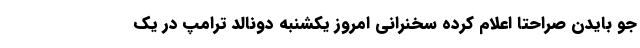
جو بایدن صراحتا اعلام کرده سخنرانی امروز یکشنبه دونالد ترامپ در یک